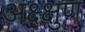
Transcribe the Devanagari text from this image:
अक्ष्क्षुण